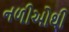
નળીઓથી